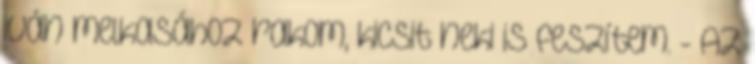
iván melkasához rakom, kicsit neki is feszítem. - Az